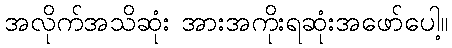
အလိုက်အသိဆုံး အားအကိုးရဆုံးအဖော်ပေါ့။